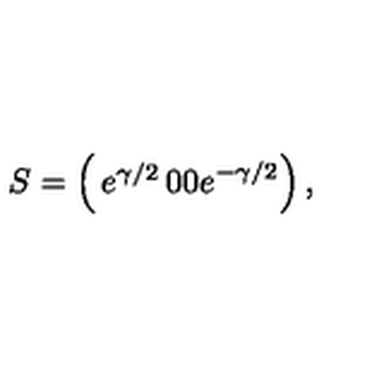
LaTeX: S = \left( \begin{matrix} { e ^ { \gamma / 2 } } & { 0 } \\ { 0 } & { e ^ { - \gamma / 2 } } \\ \end{matrix} \right) ,